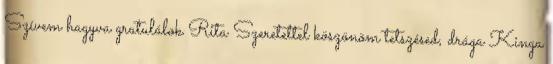
Szívem hagyva gratulálok Rita Szeretettel köszönöm tetszésed, drága Kinga